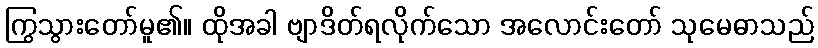
ကြွသွားတော်မူ၏။ ထိုအခါ ဗျာဒိတ်ရလိုက်သော အလောင်းတော် သုမေဓာသည်